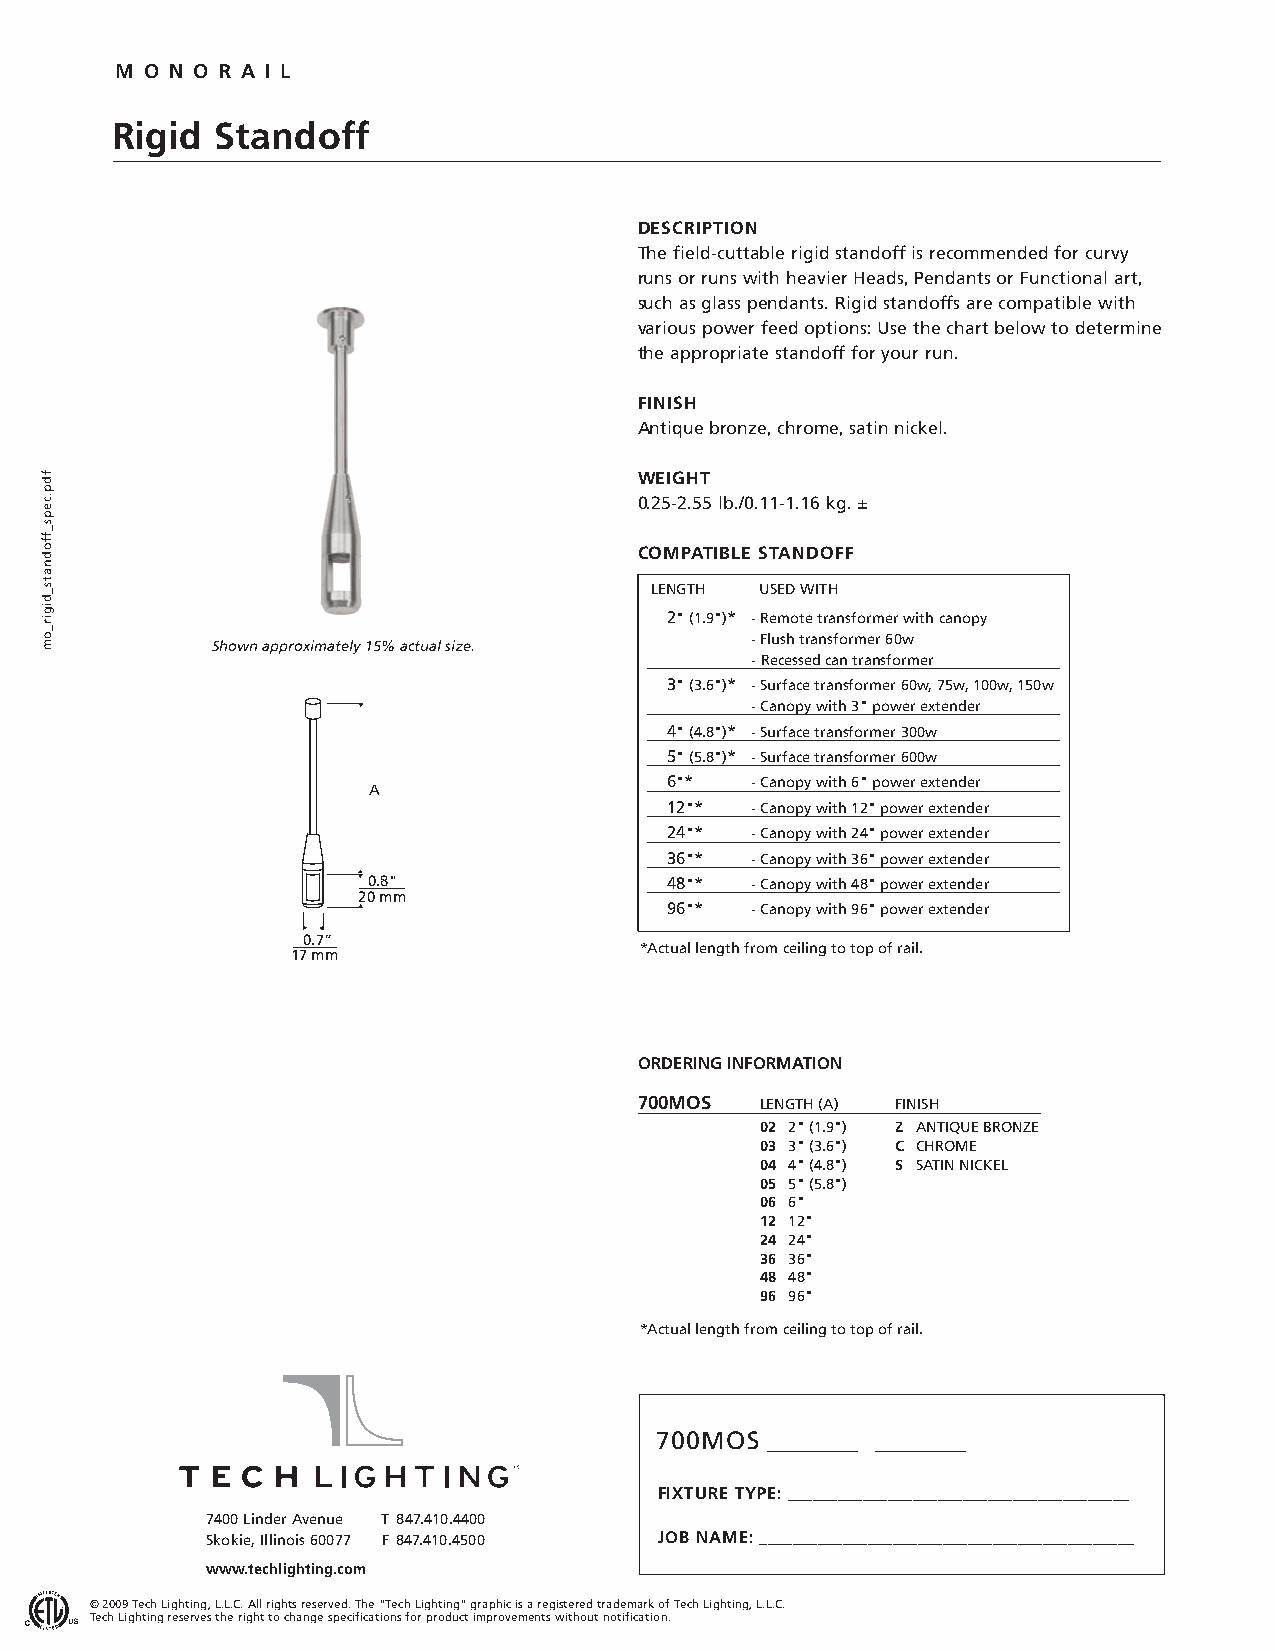
M O N O R A I L
 Rigid  Standoff
 DESCRIPTION
 The field-cuttable rigid standoff is recommended for curvy
 runs or runs with heavier Heads, Pendants or Functional art,
 such as glass pendants. Rigid standoffs are compatible with
 various power feed options: Use the chart below to determine
 the appropriate standoff for your run.
 FINISH
 Antique bronze, chrome, satin nickel.
 WEIGHT
 0.25-2.55 lb./0.11-1.16 kg.±
 COMPATIBLE STANDOFF
 LENGTH USED WITH
 2" (1.9")* -Remote transformer with canopy
 - Flush transformer 60w
 Shown approximately 15% actual size.
 - Recessed can transformer
 3" (3.6")* - Surface transformer 60w, 75w, 100w, 150w
 - Canopy with 3" power extender
 4" (4.8")* - Surface transformer 300w
 5" (5.8")* - Surface transformer 600w
 6"*   - Canopy with 6" power extender
 A
 12"*  - Canopy with 12" power extender
 24"*  - Canopy with 24" power extender
 36"*  - Canopy with 36" power extender
 0.8"                48"*  - Canopy with 48" power extender
 20 mm
 96"*  - Canopy with 96" power extender
 0.7”
 *Actual length from ceiling to top of rail.
 17 mm
 ORDERING INFORMATION
 700MOS  LENGTH (A) FINISH
 02 2" (1.9") Z ANTIQUE BRONZE
 03 3" (3.6") C CHROME
 04 4" (4.8") S SATIN NICKEL
 05 5" (5.8")
 06 6"
 12 12"
 24 24"
 36 36"
 48 48"
 96 96"
 *Actual length from ceiling to top of rail.
 700MOS  ________ ________
 FIXTURE TYPE:_________________________________________
 7400 Linder Avenue T 847.410.4400
 Skokie, Illinois 60077 F 847.410.4500 JOB NAME:_____________________________________________
 www.techlighting.com
 © 2009 Tech Lighting, L.L.C. All rights reserved. The "Tech Lighting" graphic is a registered trademark of Tech Lighting, L.L.C.
 Tech Lighting reserves the right to change specifications for product improvements without notification.
 fdp.ceps_ffodnats_digir_om